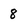
Character: 8